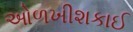
ઓળખીશકાઈ